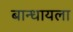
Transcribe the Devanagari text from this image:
बान्धायला